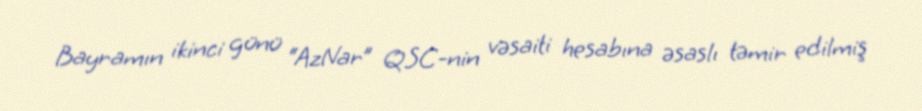
Bayramın ikinci günü “AzNar” QSC-nin vəsaiti hesabına əsaslı təmir edilmiş